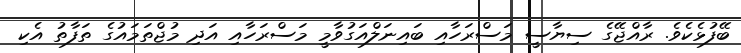
ބޭފުޅެކެވެ. ރާއްޖޭގެ ސިޔާސީ މަސްރަހާއި ބައިނަލްއަގުވާމީ މަސްރަހާއި އަދި މުޖްތަމައުގެ ތަފާތު އެކި